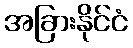
အခြားနိုင်ငံ